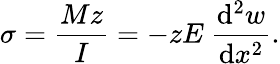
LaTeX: \sigma={\frac{Mz}{I}}=-zE~{\frac{\mathrm{d}^{2}w}{\mathrm{d}x^{2}}}.